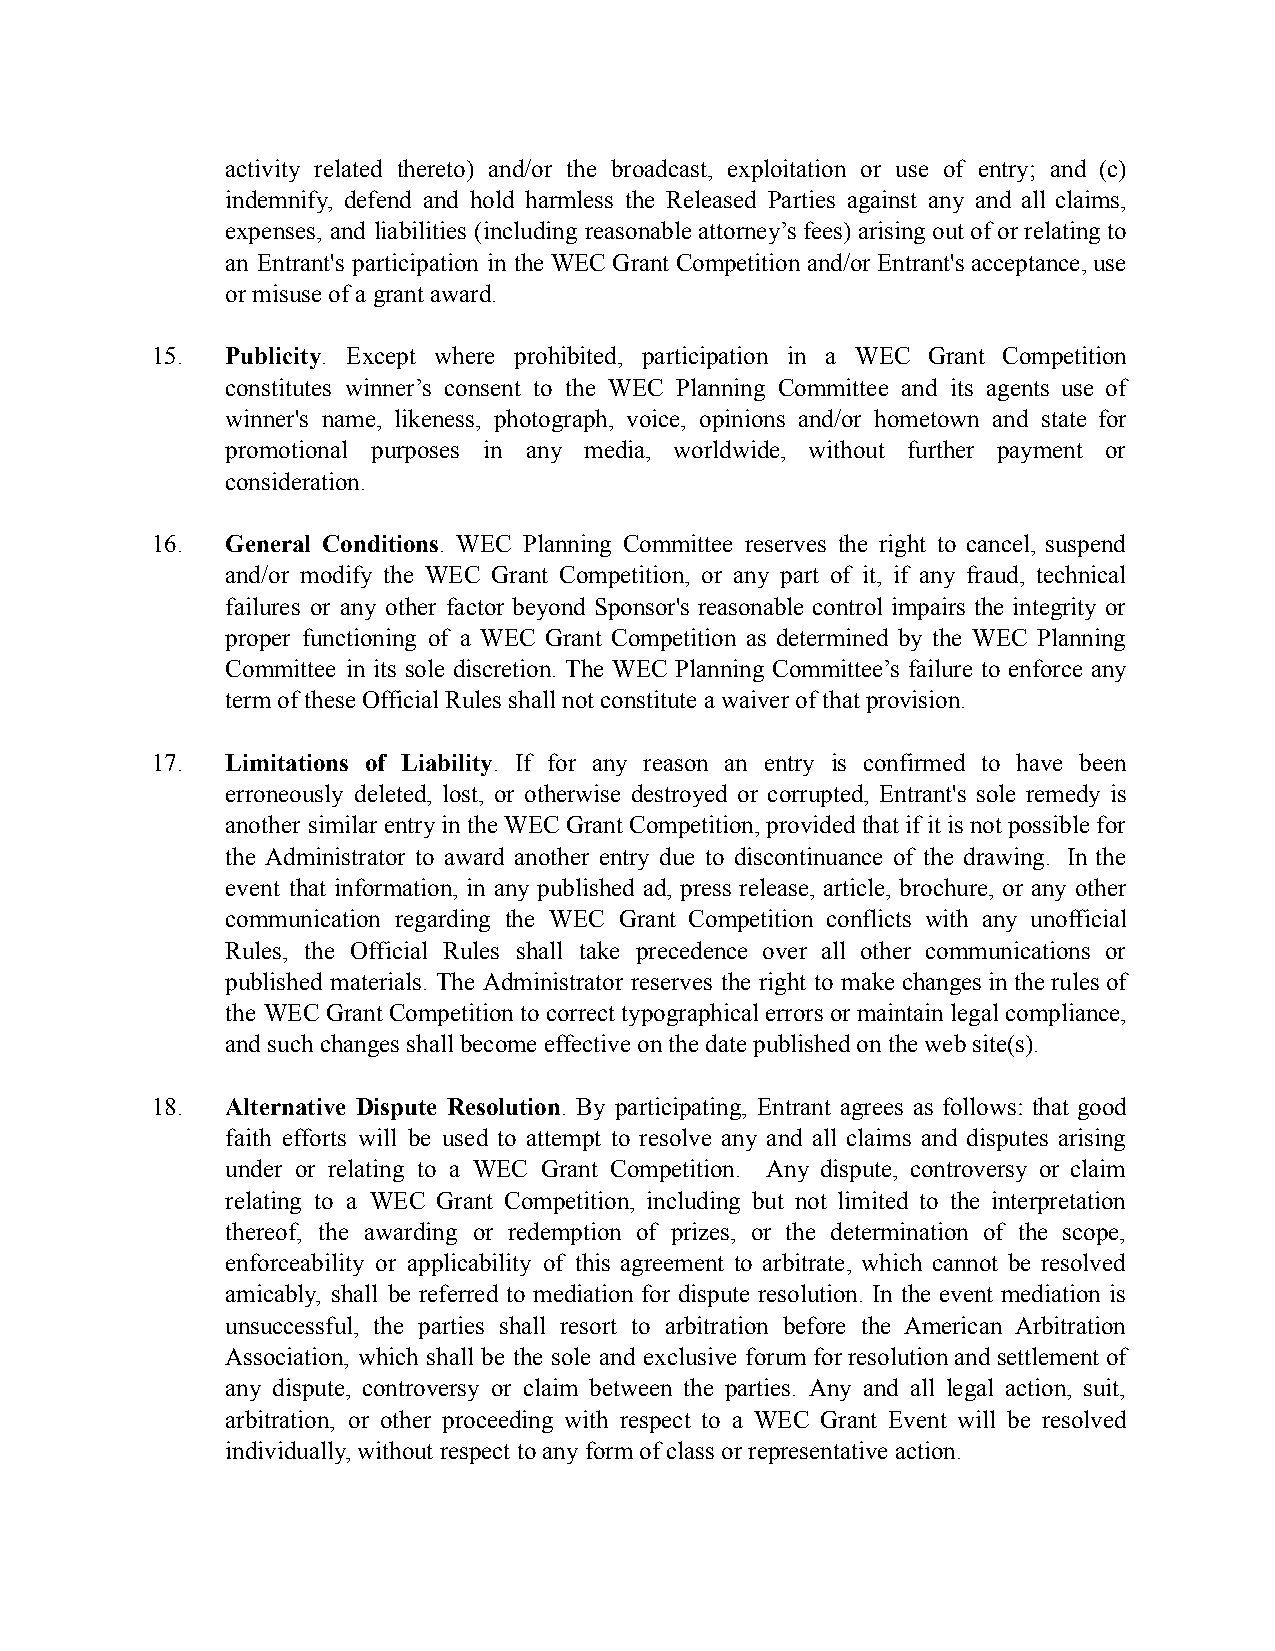
activity related thereto) and/or the broadcast, exploitation or use of entry; and (c)
 indemnify, defend and hold harmless the Released Parties against any and all claims,
 expenses, and liabilities (including reasonableattorney’sfees)arising outof orrelating to
 an Entrant's participation in theWEC GrantCompetitionand/orEntrant's acceptance,use
 or misuse of a grant award.
 15.  Publicity. Except where prohibited, participation in a WEC Grant Competition
 constitutes winner’s consent to the WEC Planning Committee and its agents use of
 winner's name, likeness, photograph, voice, opinions and/or hometown and state for
 promotional purposes in any media, worldwide, without further payment or
 consideration.
 16.  General Conditions. WEC Planning Committee reserves the right to cancel, suspend
 and/or modify the WEC Grant Competition, or any part of it, if any fraud, technical
 failures or any other factor beyond Sponsor's reasonable control impairs the integrity or
 proper functioning of a WEC Grant Competition as determined by the WEC Planning
 Committee in its sole discretion. The WEC Planning Committee’s failure to enforce any
 term of these Official Rules shall not constitute a waiver of that provision.
 17.  Limitations of Liability. If for any reason an entry is confirmed to have been
 erroneously deleted, lost, or otherwise destroyed or corrupted, Entrant's sole remedy is
 another similarentryin theWEC GrantCompetition,providedthat if itis notpossiblefor
 the Administrator to award another entry due to discontinuance of the drawing. In the
 event that information, in any published ad, press release, article, brochure, or any other
 communication regarding the WEC Grant Competition conflicts with any unofficial
 Rules, the Official Rules shall take precedence over all other communications or
 published materials. The Administrator reserves the right to make changesinthe rulesof
 the WECGrant Competition tocorrecttypographicalerrorsor maintainlegalcompliance,
 and such changes shall become effective on the date published on the web site(s).
 18.  Alternative Dispute Resolution. By participating, Entrant agrees as follows: that good
 faith efforts will be used to attempt to resolve any and all claims and disputes arising
 under or relating to a WEC Grant Competition. Any dispute, controversy or claim
 relating to a WEC Grant Competition, including but not limited to the interpretation
 thereof, the awarding or redemption of prizes, or the determination of the scope,
 enforceability or applicability of this agreement to arbitrate, which cannot be resolved
 amicably, shall be referred to mediation for dispute resolution. In the event mediation is
 unsuccessful, the parties shall resort to arbitration before the American Arbitration
 Association, which shall be the sole and exclusive forumfor resolution andsettlement of
 any dispute, controversy or claim between the parties. Any and all legal action, suit,
 arbitration, or other proceeding with respect to a WEC Grant Event will be resolved
 individually, without respect to any form of class or representative action.